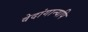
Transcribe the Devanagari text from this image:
वेदांगान्यपि